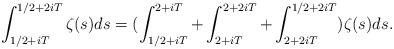
LaTeX: \begin{align*}\int_{{1}/{2}+iT}^{{1}/{2}+2iT}\zeta(s)ds =(\int_{{1}/{2}+iT}^{2+iT}+ \int_{2+iT}^{2+2iT}+\int_{2+2iT}^{{1}/{2}+2iT})\zeta(s)ds. \end{align*}